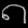
Digit: ၈